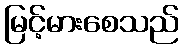
မြင့်မားစေသည်